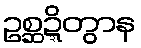
ဥစ္ဆဍ္ဍိတွာန